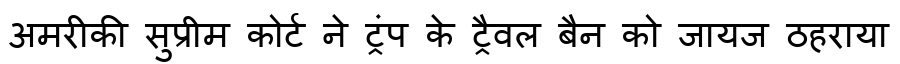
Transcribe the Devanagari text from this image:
अमरीकी सुप्रीम कोर्ट ने ट्रंप के ट्रैवल बैन को जायज ठहराया